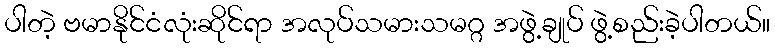
ပါတဲ့ ဗမာနိုင်ငံလုံးဆိုင်ရာ အလုပ်သမားသမဂ္ဂ အဖွဲ့ချုပ် ဖွဲ့စည်းခဲ့ပါတယ်။